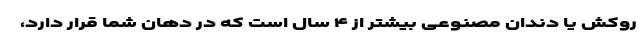
روکش یا دندان مصنوعی بیشتر از ۴ سال است که در دهان شما قرار دارد،